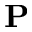
\mathbf { P }